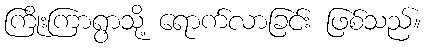
ကြိုးကြာရွာသို့ ရောက်လာခြင်း ဖြစ်သည်။